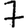
Digit: 7